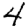
Digit: 4